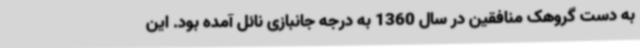
به دست گروهک منافقین در سال 1360 به درجه جانبازی نائل آمده بود. این